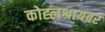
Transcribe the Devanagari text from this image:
कोह्लश्रायबर